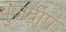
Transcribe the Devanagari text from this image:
पुंजद्वीप